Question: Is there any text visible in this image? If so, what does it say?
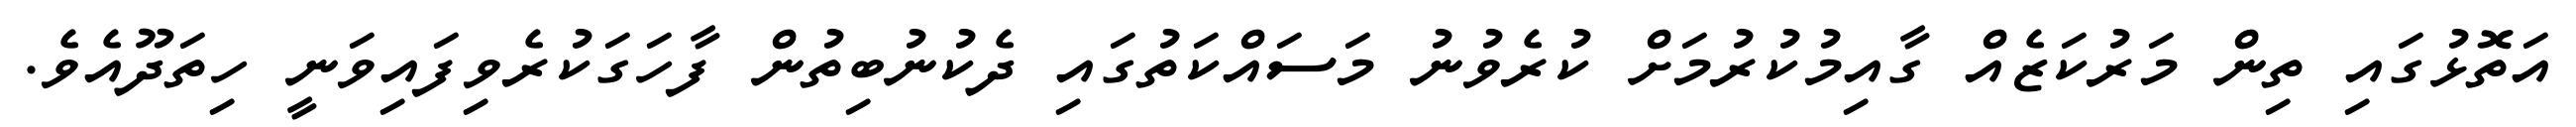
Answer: އަތޮޅުގައި ތިން މަރުކަޒެއް ގާއިމުކުރުމަށް ކުރެވުނު މަސައްކަތުގައި ދެކުނުބިތުން ފާހަގަކުރެވިފައިވަނީ ހިތަދޫއެވެ.